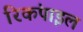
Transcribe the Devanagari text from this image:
रिकंपाइल